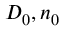
D _ { 0 } , n _ { 0 }